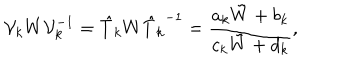
{ \cal V } _ { k } W { \cal V } _ { k } ^ { - 1 } = \hat { T } _ { k } W { \hat { T } _ { k } } ^ { - 1 } = { \frac { a _ { k } \tilde { W } + b _ { k } } { c _ { k } \tilde { W } + d _ { k } } } ,